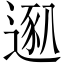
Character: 𫐴